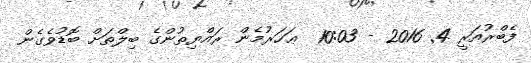
ފެބްރުއަރީ 4